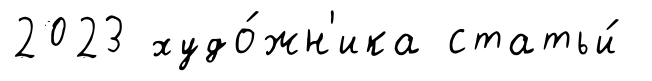
2023 худо́жн'ика статьи́